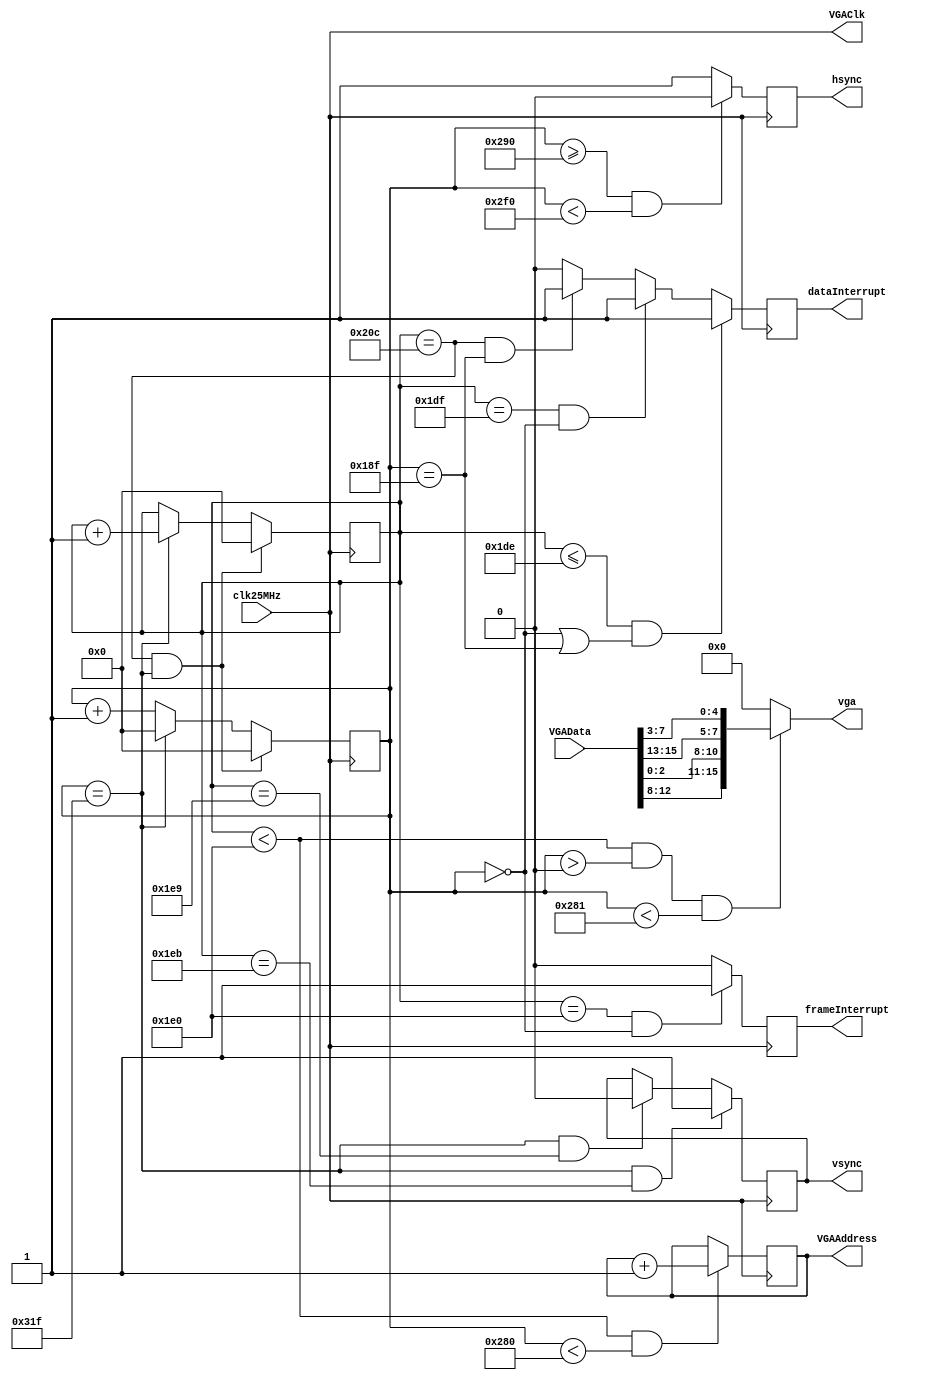
`timescale 1ns / 1ps

module VGA(
    input clk25MHz,
	 
	 input [15:0]VGAData,
	 output reg [9:0]VGAAddress = 10'h000,
	 output VGAClk,
	 
	 output [15:0]vga,
	 
	 output reg hsync = 1'b1,
	 output reg vsync = 1'b1,
	 output reg frameInterrupt = 1'b0,
	 output reg dataInterrupt = 1'b0
    );

    //VGA to block RAM interface.
	 reg [9:0]VGAPixel = 10'h000;
	 reg [9:0]VGARow   = 10'h000;
	 
	 //Setup block RAM clock.
	 assign VGAClk = clk25MHz;
	 
	 always @(posedge clk25MHz) begin
	     frameInterrupt <= 1'b0;
		  dataInterrupt <= 1'b0;
        VGAPixel <= VGAPixel + 1;
		  
		  //Setup interrupts.
		  if(VGARow == 480 && !VGAPixel)
	         frameInterrupt <= 1'b1;
	     if(VGARow == 524 && VGAPixel == 399)
		      dataInterrupt <= 1'b1;
		  if(VGARow == 479 && !VGAPixel)
		      dataInterrupt <= 1'b1;
		  if(VGARow <= 478 && (!VGAPixel || VGAPixel == 399))
		      dataInterrupt <= 1'b1;		  
		  
		  if(VGAPixel == 799) begin							//Start new line.
		      VGAPixel <= 0;
				VGARow   <= VGARow + 1;
		  end
		  
		  if(VGARow == 524 && VGAPixel == 799) begin		//Start new frame.
		      VGAPixel <= 0;
				VGARow   <= 0;
		  end
		  
		  if(VGAPixel >= 656 && VGAPixel < 752)			//HSYNC.
		      hsync <= 0;
		  else
		      hsync <= 1;
				
		  if(VGAPixel == 799 && VGARow == 489)				//Start VSYNC.
		      vsync <= 1'b0;
				
		  if(VGAPixel == 799 && VGARow == 491)				//End VSYNC.
		      vsync <= 1'b1;
	 
		  if(VGARow < 480 && VGAPixel < 640) 				//Within visible range.
            VGAAddress <= VGAAddress + 1'b1;  
    end
	 
	 //Assign VGA output.
	 assign vga = (VGARow < 480 && VGAPixel > 0 && VGAPixel < 641) ? 
	              {VGAData[12], VGAData[11], VGAData[10], VGAData[9],
	 				   VGAData[8], VGAData[2], VGAData[1], VGAData[0],
					   VGAData[15], VGAData[14], VGAData[13], VGAData[7],
						VGAData[6], VGAData[5], VGAData[4], VGAData[3]} : 8'h00;
    //assign vga = (VGARow < 480 && VGAPixel > 0 && VGAPixel < 641) ? VGAData : 16'h0000;

endmodule